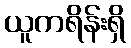
ယူကရိန်းရှိ